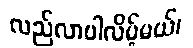
လည်လာပါလိမ့်မယ်၊